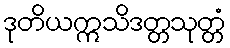
ဒုတိယဣသိဒတ္တသုတ္တံ